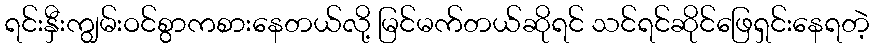
ရင်းနှီးကျွမ်းဝင်စွာကစားနေတယ်လို့ မြင်မက်တယ်ဆိုရင် သင်ရင်ဆိုင်ဖြေရှင်းနေရတဲ့